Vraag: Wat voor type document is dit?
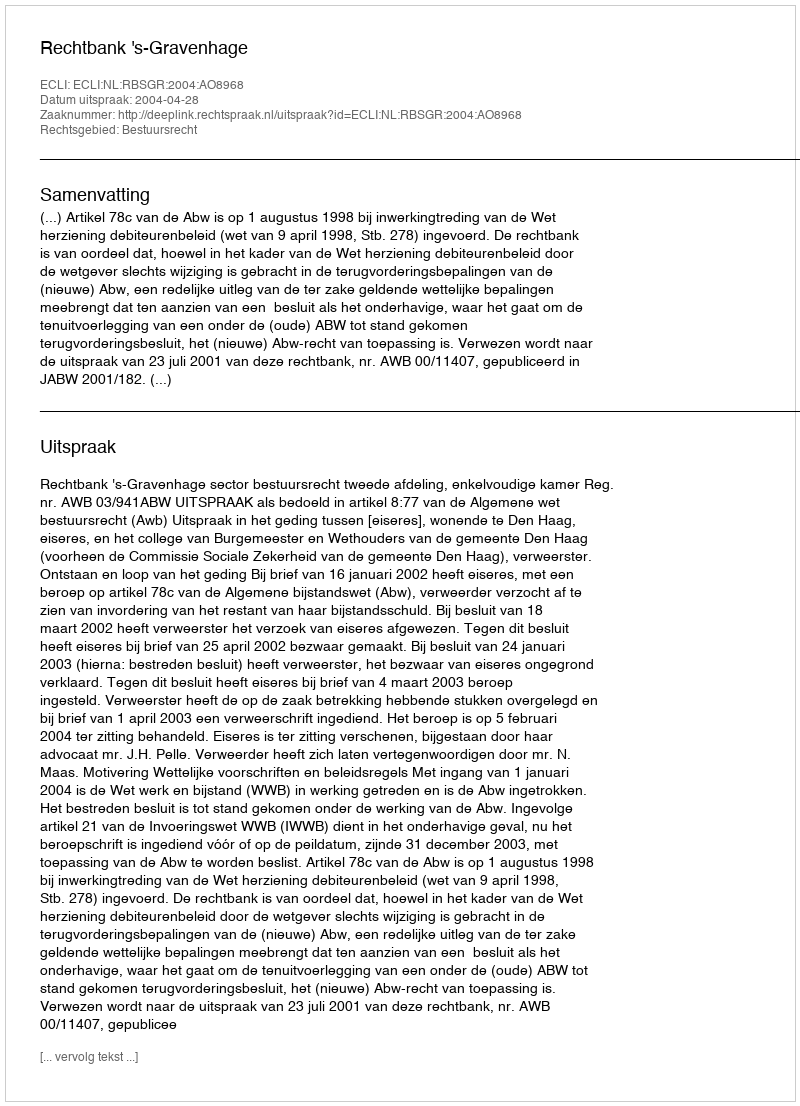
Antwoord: Uitspraak